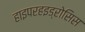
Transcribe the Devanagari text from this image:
हाइपरहइड्रोसिस